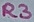
Text: R3